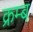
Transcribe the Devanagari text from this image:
क्रम्ब